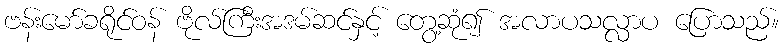
ဗန်းမော်ခရိုင်ဝန် ဗိုလ်ကြီးအဒမ်ဆင်နှင့် တွေ့ဆုံ၍ အလာပသလ္လာပ ပြောသည်။